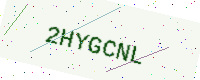
Text: 2HYGCNL